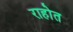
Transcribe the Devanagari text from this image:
राहोत